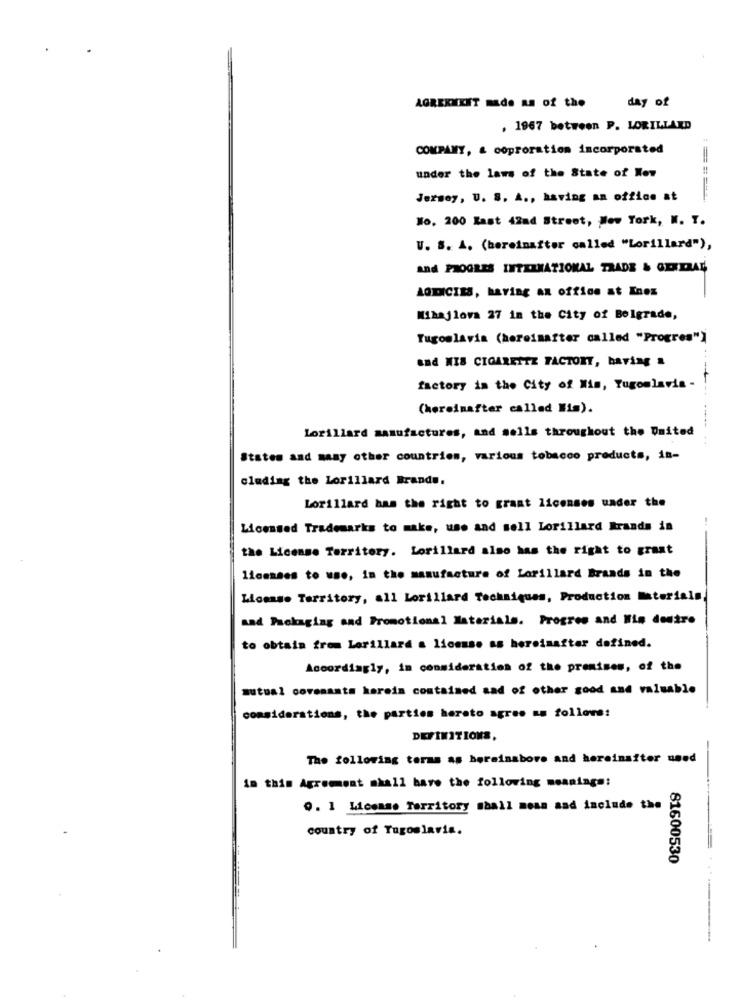
AGREEMENT made AS of the
day of
. 1967 between P. LORILLARD
COMPANY, & coproration incorporated
under the laws of the State of Kov
Jersey, U. S. A ., having an office at
:======
No, 200 Rast 42nd Street, New York, N. Y.
U. S. A. (hereinafter called "Lorillard"),
and PROGRES INTERNATIONAL TRADE & GENERAL
AODHICIES, having an office at Enex
Mihajlova 27 in the City of Belgrade,
Tugoslavia (hereinafter called "Progres")
and MIS CIGARETTE FACTORY, having a
factory in the City of Mim, Yugoslavia-
(hereinafter called Nis).
Lorillard manufactures, and sells throughout the United
States and many other countries, various tobacco products, in-
cluding the Lorillard Brands.
Lorillard has the right to grant licenses under the
Licensed Trademarks to make, uso and sell Lorillard Brands in
the License Territory. Lorillard also has the right to grant
licenses to use, in the manufacture of Lorillard Brands in the
Llosas. Territory, all Lorillard Techniques, Production Materials
aad Packaging and Promotional Materials. Progres and His doutre
to obtain from Lorillard a license as hereinafter defined.
Accordingly, in consideration of the premises, of the
mutual covenants herein contained sad of other good and valuable
considerations, the parties hereto agree as follows:
DEFINITIONS.
The following terms as bereinabore and hereinafter used
in this Agreement mhall have the following meanings:
0. 1 License Territory shall mean and include the
country of Yugoslavia.
81600530